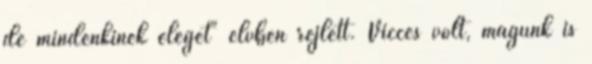
de mindenkinek eleget" elvben rejlett. Vicces volt, magunk is